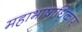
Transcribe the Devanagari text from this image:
महाभाषाधिकार